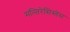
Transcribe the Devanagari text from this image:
मल्तिरेसिस्तेंस